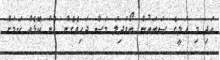
އަދި މި އަލީގެ ސަބަބުން ބޯވަދިލަ މަސް ދަހިވެގެން އެން ކޮޅެއް ކަމަށް